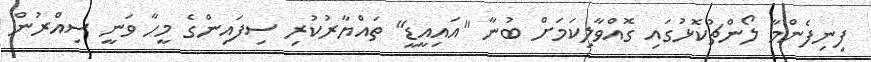
ފިނިފެންމާ ލޯންޗުކޮޅުގައި ގޮއްވާލިކަމަށް ބުނާ "އައިއީޑީ" ތައްޔާރުކުރި ސިފައިންގެ މީހާ ވަނީ ސިއްރުން